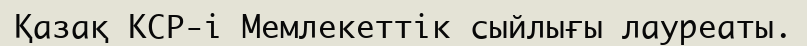
Қазақ КСР-і Мемлекеттік сыйлығы лауреаты.